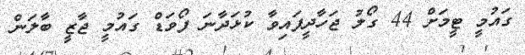
ގައުމީ ޓީމަށް 44 ގޯލު ޖަހާދީފައިވާ ކުޅަދާނަ ފޯވަޑް ގައުމީ ޖާޒީ ބާލަން